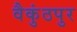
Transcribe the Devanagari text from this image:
वैकुंठपुर